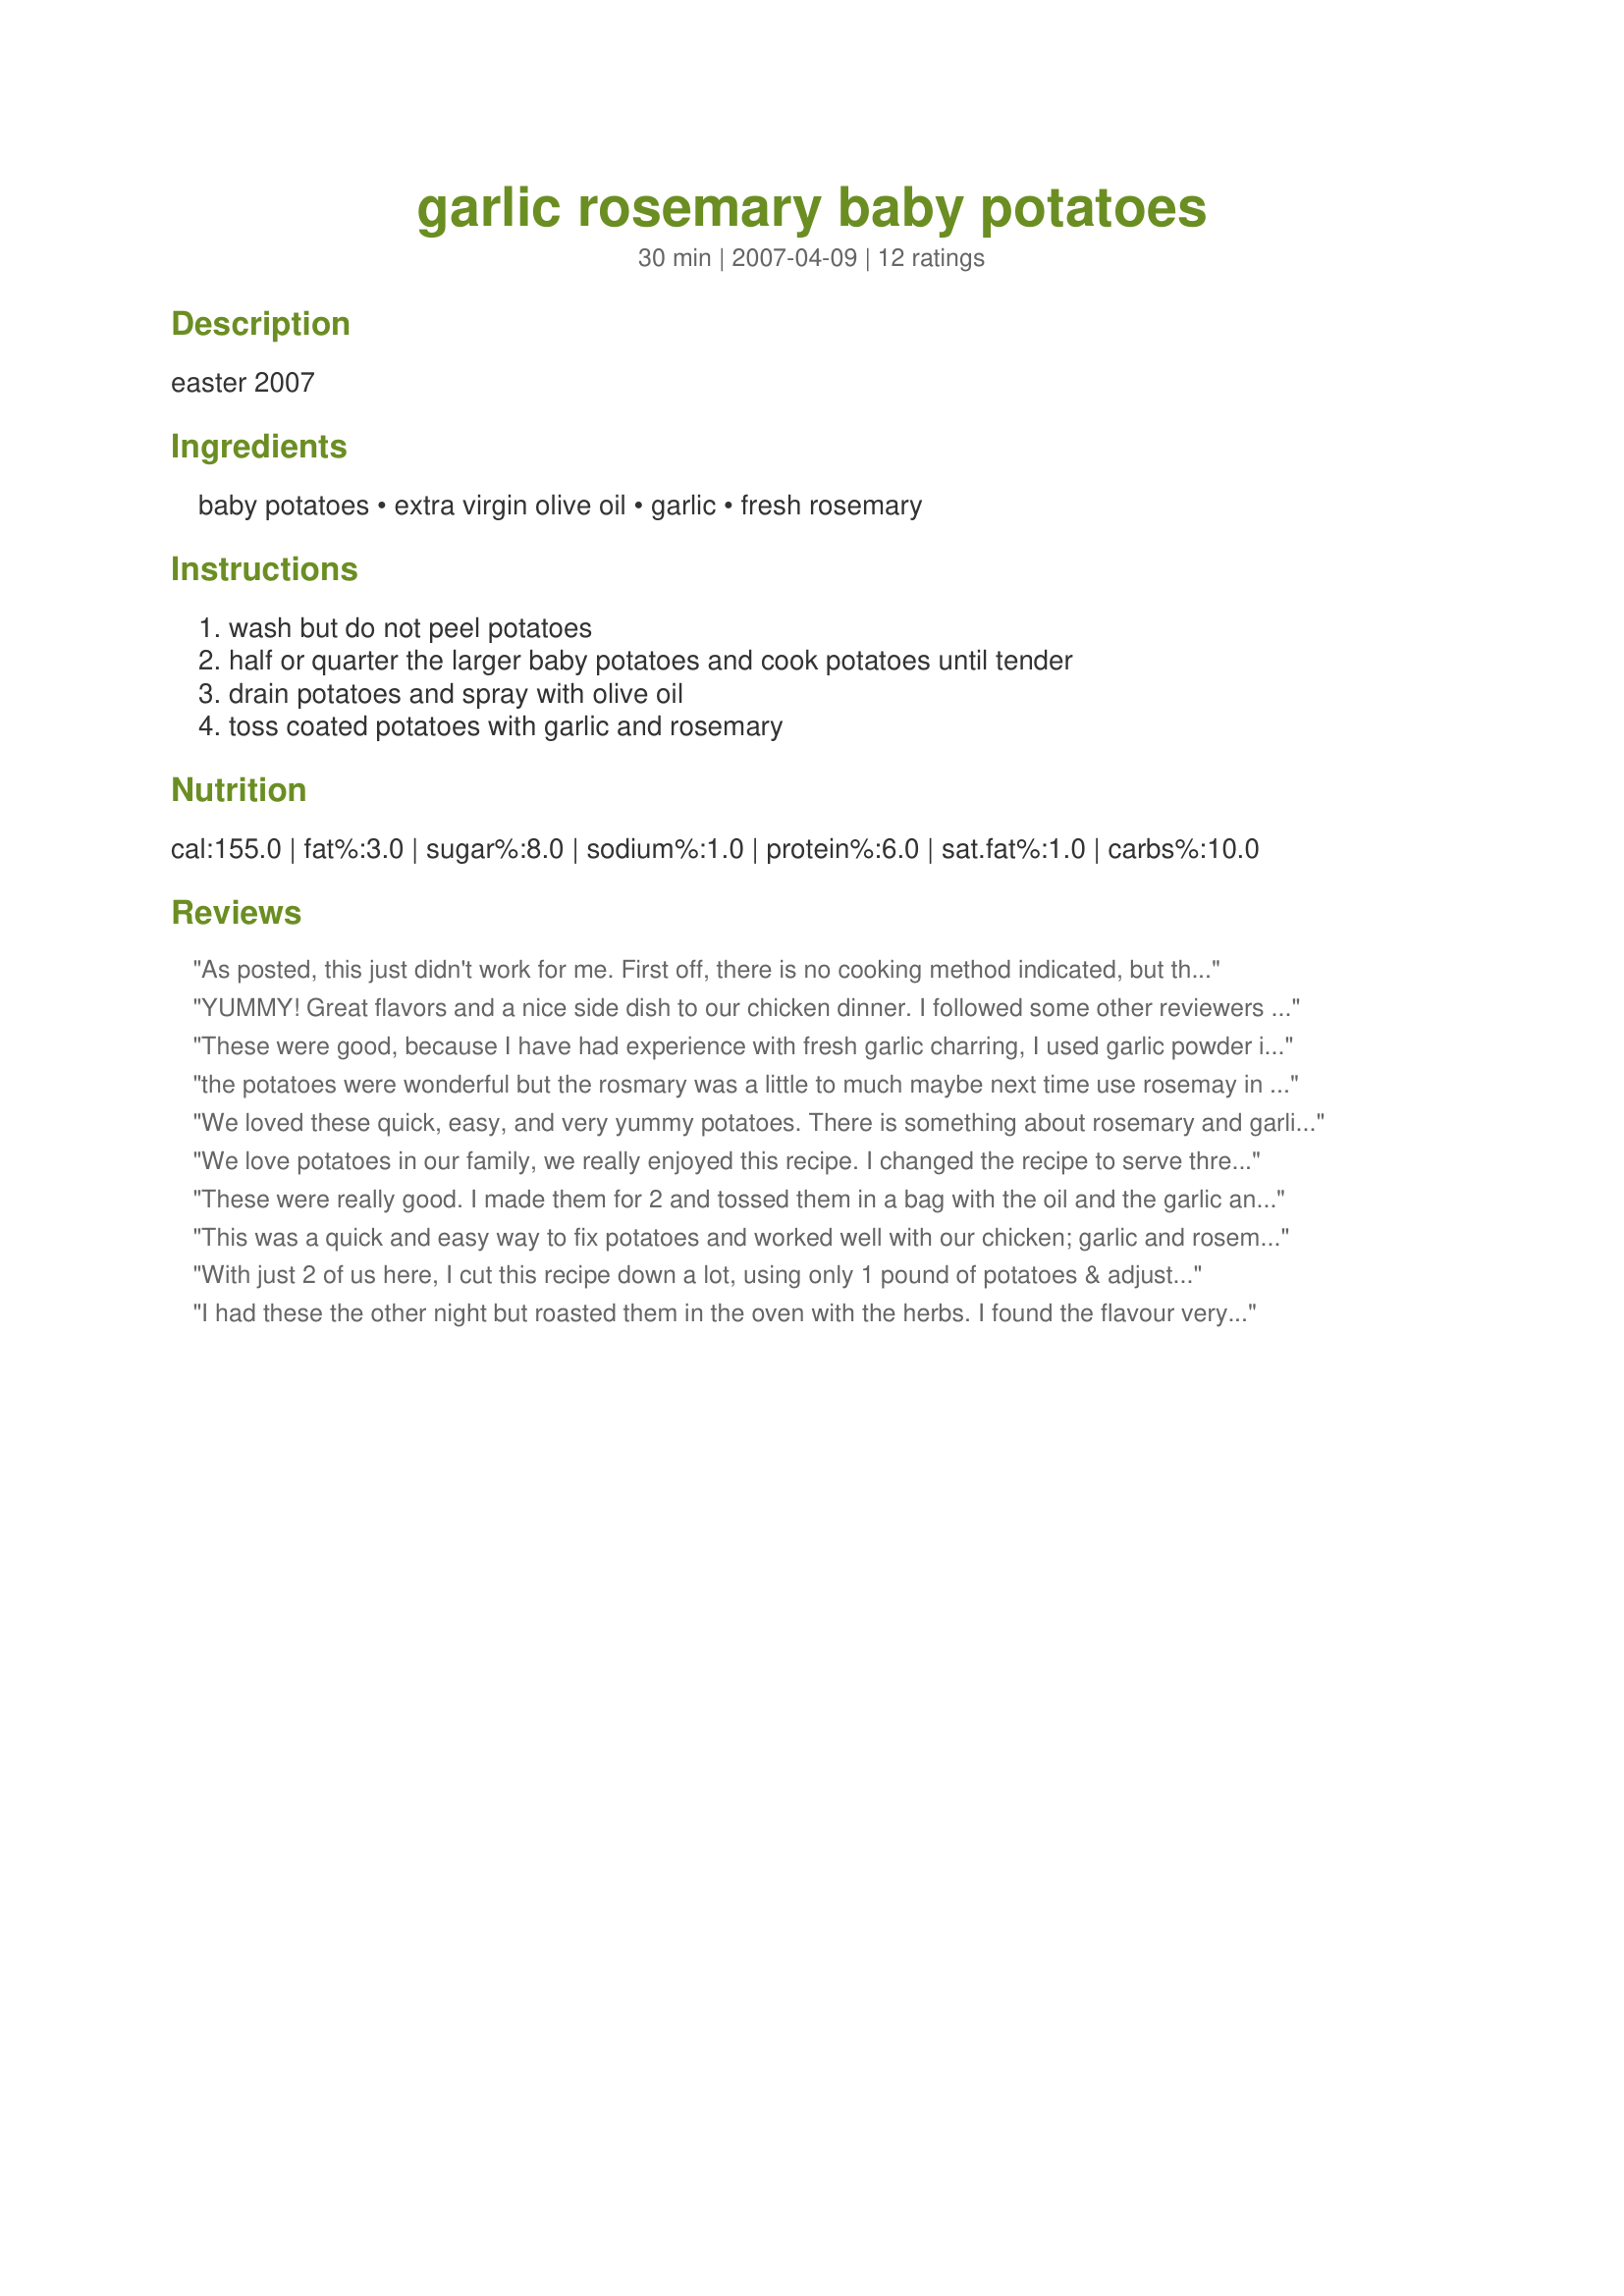
garlic rosemary baby potatoes
Preparation time: 30 minutes

easter 2007

Ingredients:
baby potatoes, extra virgin olive oil, garlic, fresh rosemary

Steps:
wash but do not peel potatoes, half or quarter the larger baby potatoes and cook potatoes until tender, drain potatoes and spray with olive oil, toss coated potatoes with garlic and rosemary

Reviews:
As posted, this just didn't work for me. First off, there is no cooking method indicated, but there is a "clue". You drain the potatoes. So that means they are boiled or steamed. This means the garlic and rosemary are left raw, the flavors not infused into the potatoes. Also, you are supposed to spray cold oil onto the potatoes. I tried all this, and just couldn't eat it. So I turned them onto a roasting pan and roasted at 400 degrees for 15 minutes. My potatoes browned up nicely and my garlic and rosemary infused the flavor of the potatoes. I cannot find fault with the ingredients....but the cooking method posted just doesn't work. Easily remedied by roasting....but then again, you really don't need to boil the potatoes in the first place to do this. Made for Zaar Stars.
YUMMY! Great flavors and a nice side dish to our chicken dinner. I followed some other reviewers advice and coated coated with the olive oil and rosemary before baking. Delicious!
These were good, because I have had experience with fresh garlic charring, I used garlic powder in place of the fresh garlic, I did use the fresh rosemary, and lots of coarse ground black pepper and some salt, thanks!...Kitten:)
the potatoes were wonderful but the rosmary was a little to much maybe next time use rosemay in the cooking water for the flaver and a little parsley sprinkled on for color.
We loved these quick, easy, and very yummy potatoes. There is something about rosemary and garlic that works so well with potatoes. There were only two of us eating, so I halved the recipe and used baby red potatoes. Also, I added some sea salt and fresh cracked black pepper...delicious! Thank you for sharing this wonderfu recipe...it is definitely a keeper!<br/>**Made for Zaar Stars tag game**
We love potatoes in our family, we really enjoyed this recipe. I changed the recipe to serve three otherwise I kept to the recipe. The only problem I had with this recipe was the method of cooking was not stated so I roasted them in the oven at 180oC for 40 minutes. Thank you Nyteglori
These were really good.
I made them for 2 and tossed them in a bag with the oil and the garlic and fresh rosemary; cooked them in my toaster oven.I made these for PotLuck Tag.
Thanks for posting.
Sage/Rita
This was a quick and easy way to fix potatoes and worked well with our chicken; garlic and rosemary are such a classic combination. Though I do love garlic, I did find the rawness of the stinking rose a little overpowering relative to the more delicate herb. I think this would have worked a little bit better if the oil was warmed first and the garlic poached in the oil before adding the tuber and herbs. Thanks.
With just 2 of us here, I cut this recipe down a lot, using only 1 pound of potatoes & adjusting the other ingredients accordingly! The only other change I made (addition, actually) was to season it all with a small amount of lemon pepper! With all that, we had a nice side dish as well as some tasty cold nuggets for snacking! Absolutely wonderful, & a very nice keeper of a recipe, too! [Made & reviewed in Zaar Stars recipe tag]
I had these the other night but roasted them in the oven with the herbs. I found the flavour very subtle doing them this way but I got a nice crunch on the potatoes. Next time I'll do the same but also toss some rosemary through after cooking for a more intense flavour. Thanks for posting.
I took the advice of the other reviewer and put the rosemary in the cooking water along with the garlic. Once they came out I sprayed them with olive oil and sprinkled with garlic salt and parsley. DH really liked the flavor of these.
O.K..so I did do a minor alteration in that I finished these up in the oven for browning purposes. These made a great sidedish to our fishfry on LaborDay. The infusion of garlic and rosemary is awesome. Made for ZaarStars~
